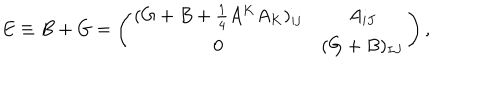
E \equiv B + G = \left( \begin{matrix} { { ( G + B + { \frac { 1 } { 4 } } A ^ { K } A _ { K } ) _ { i j } } } & { { A _ { i J } } } \\ { { 0 } } & { { ( G + B ) _ { I J } } } \\ \end{matrix} \right) ,